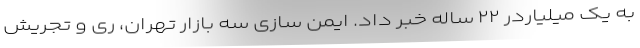
به یک میلیاردر ۲۲ ساله خبر داد. ایمن سازی سه بازار تهران، ری و تجریش